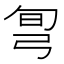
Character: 𢏔